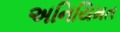
અનિયિમત